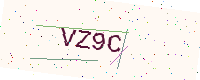
Text: VZ9C